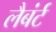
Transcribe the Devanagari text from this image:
लैबंर्ट